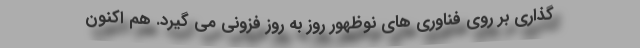
گذاری بر روی فناوری های نوظهور روز به روز فزونی می گیرد. هم اکنون